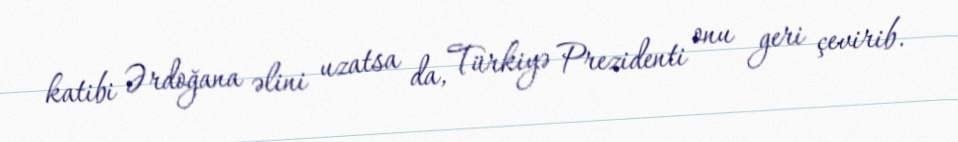
katibi Ərdoğana əlini uzatsa da, Türkiyə Prezidenti onu geri çevirib.